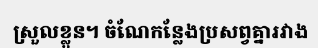
ស្រួលខ្លួន។ ចំណែកន្លែងប្រសព្វគ្នារវាង